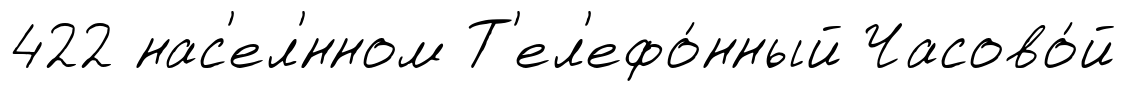
422 нас'ел'́нном Т'ел'ефо́нный Часово́й